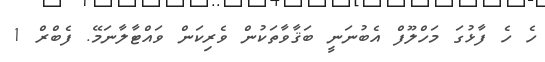
ހެ ހެ ފާޅުގަ މަހްލޫފް އެބުނަނީ ބަޤާވާތަކުން ވެރިކަން ވައްޓާލާނަމޭ. ފެބްރް 1